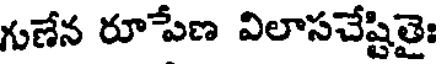
గుణేన రూపేణ విలాసచేష్టితైః